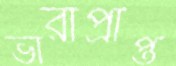
ভারাপ্রাপ্ত